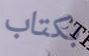
بكتاب